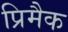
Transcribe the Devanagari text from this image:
प्रिमैक